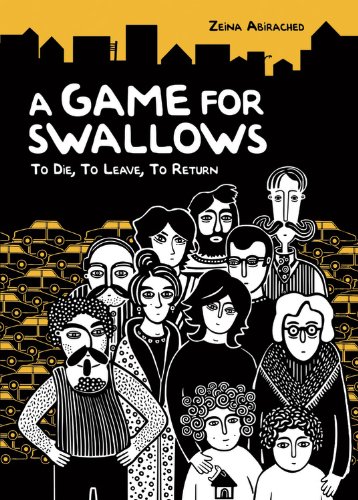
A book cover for A Game for Swallows: To Die, to Leave, to Return (Single Titles); Zeina Abirached; Teen & Young Adult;